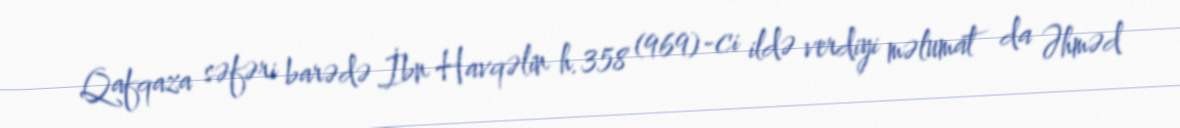
Qafqaza səfəri barədə İbn Havqəlin h.358 (969)-ci ildə verdiyi məlumat da Əhməd